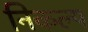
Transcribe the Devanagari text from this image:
निकल्प